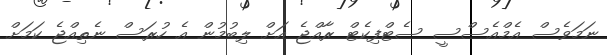
ނަމަވެސް އެމްއެސްސީ ސެޓްފިކެޓް ރާއްޖެ އަށް ލިބުމުން އެ ހުރަސް ނެތިއްޖެ ކަމަށް